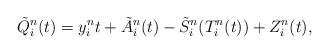
LaTeX: \begin{align*}\tilde{Q}^n_i(t)=y^n_i t + \tilde{A}^n_i(t) - \tilde{S}^n_i(T^n_i(t))+ Z^n_i(t),\end{align*}